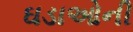
ઘડાઓની